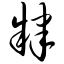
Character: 肄